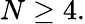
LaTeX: N\ge 4.